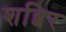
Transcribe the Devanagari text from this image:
शब्बिर